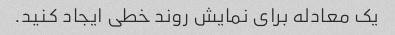
یک معادله برای نمایش روند خطی ایجاد کنید.